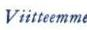
Viitteemme